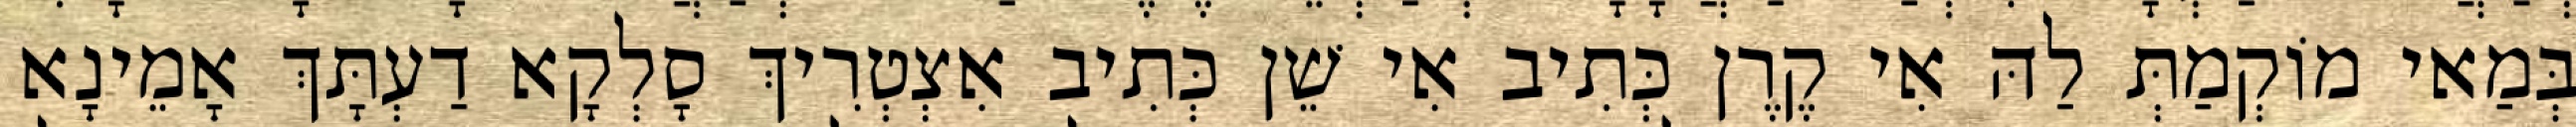
בְּמַאי מוֹקְמַתְּ לַהּ אִי קֶרֶן כְּתִיב אִי שֵׁן כְּתִיב אִצְטְרִיךְ סָלְקָא דַעְתָּךְ אָמֵינָא